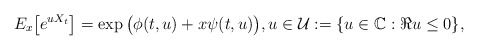
\begin{align*}E_x\big[e^{uX_t}\big]=\exp \big (\phi(t,u)+x\psi(t,u)\big), u \in \mathcal{U}:=\{u \in \mathbb{C}: \Re u \le 0\},\end{align*}